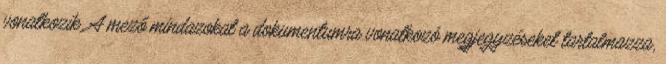
vonatkozik. A mező mindazokat a dokumentumra vonatkozó megjegyzéseket tartalmazza,